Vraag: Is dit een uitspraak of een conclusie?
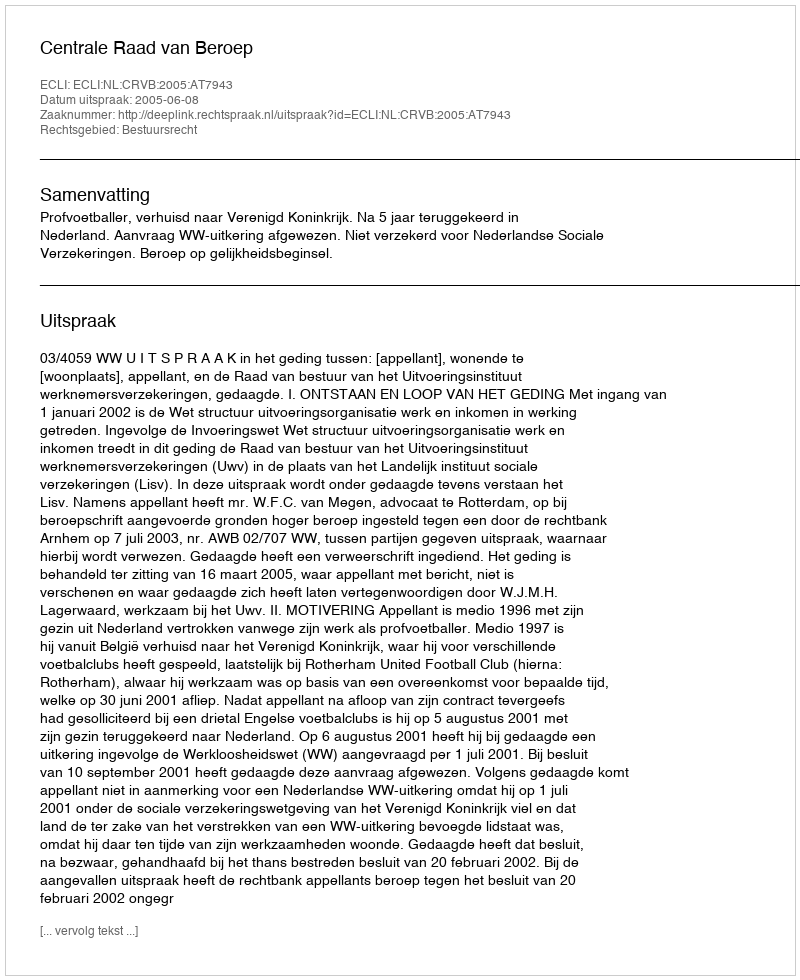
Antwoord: Uitspraak